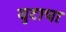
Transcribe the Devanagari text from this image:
युटाचा